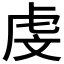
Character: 𪪐